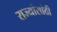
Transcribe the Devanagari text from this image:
राज्यांसांठी